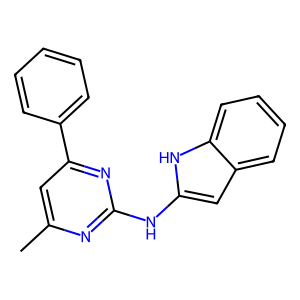
SMILES: Cc1cc(-c2ccccc2)nc(Nc2cc3ccccc3[nH]2)n1
Inhibits HIV replication: No